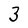
Character: 3